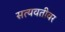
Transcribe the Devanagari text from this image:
सत्यवतीवर